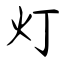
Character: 灯